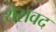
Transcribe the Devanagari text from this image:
थेरावद